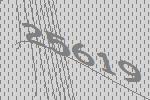
25619